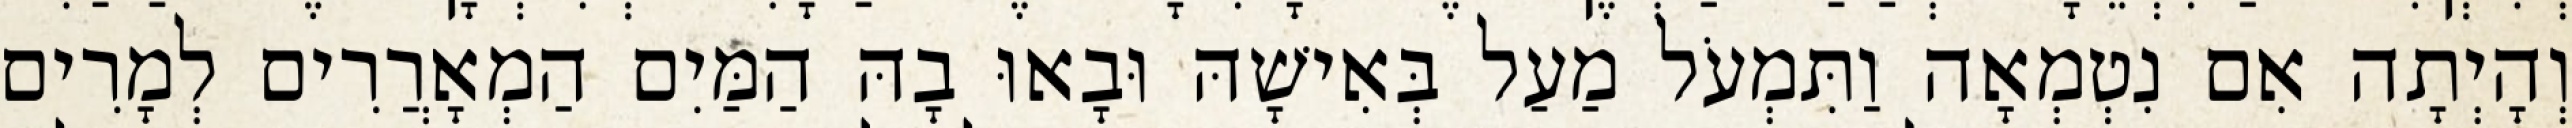
וְהָיְתָה אִם נִטְמְאָה וַתִּמְעֹל מַעַל בְּאִישָׁהּ וּבָאוּ בָהּ הַמַּיִם הַמְאָרֲרִים לְמָרִים